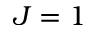
J = 1